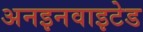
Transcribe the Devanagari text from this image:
अनइनवाइटेड